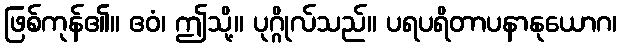
ဖြစ်ကုန်၏။ ဧဝံ၊ ဤသို့။ ပုဂ္ဂိုလ်သည်။ ပရပရိတာပနာနုယောဂ၊